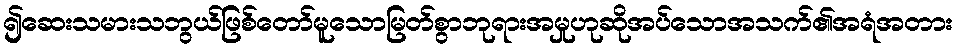
၍ဆေးသမားသဘွယ်ဖြစ်တော်မူသောမြတ်စွာဘုရားအမှုဟုဆိုအပ်သောအသက်၏အရံအတား